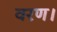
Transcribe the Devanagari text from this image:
वरण।